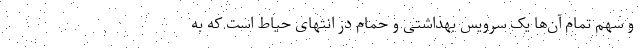
و سهم تمام آن‌ها یک سرویس بهداشتی و حمام در انتهای حیاط است که به